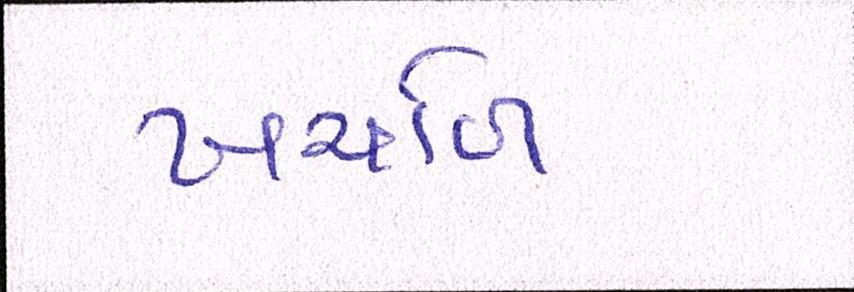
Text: ખર્ચાળ